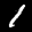
Label: 1